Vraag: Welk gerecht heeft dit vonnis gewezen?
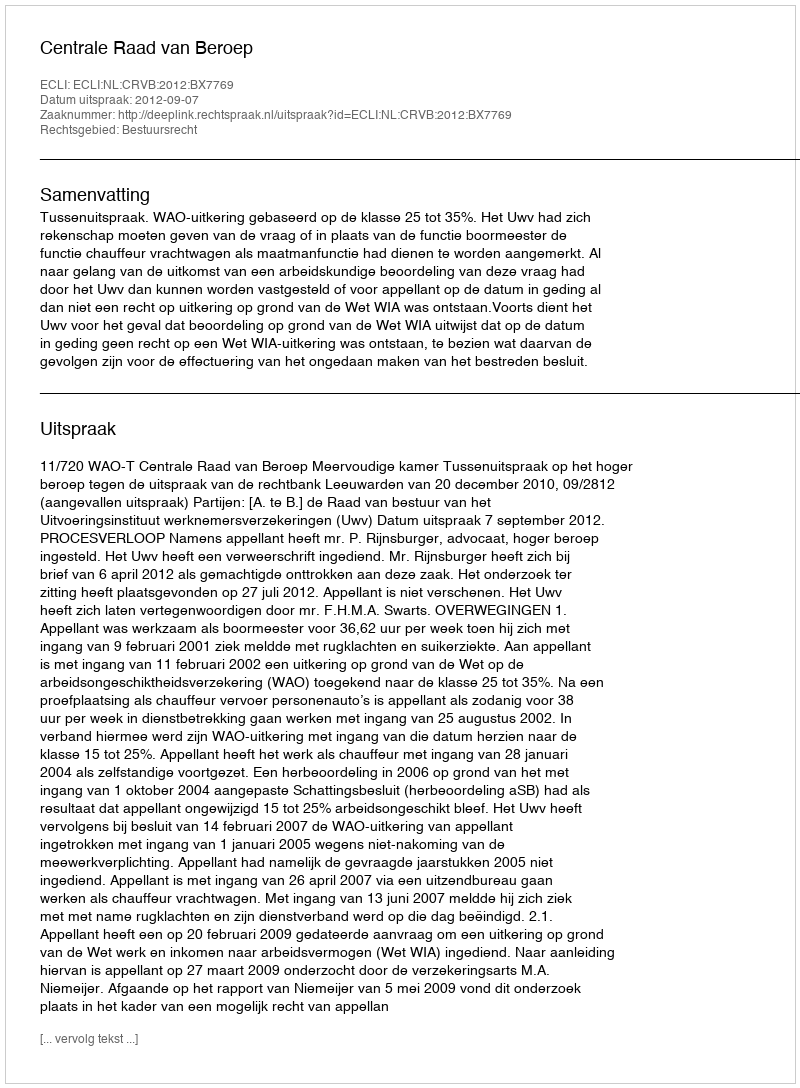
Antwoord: Centrale Raad van Beroep